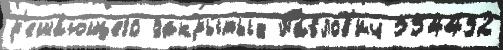
р'еша́ющего закры́тых Па́влов'ич 554432